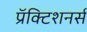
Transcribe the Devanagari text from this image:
प्रॅक्टिशनर्स